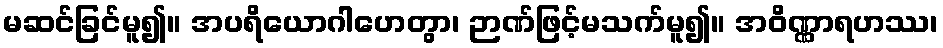
မဆင်ခြင်မူ၍။ အပရိယောဂါဟေတွာ၊ ဉာဏ်ဖြင့်မသက်မူ၍။ အဝိဏ္ဏာရဟဿ၊